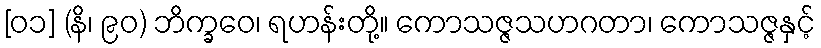
[၀၁] (နိ၊ ၉၀) ဘိက္ခဝေ၊ ရဟန်းတို့။ ကောသဇ္ဇသဟဂတာ၊ ကောသဇ္ဇနှင့်